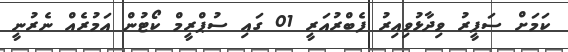
ކަމަށް ސަފީރު ވިދާޅުވިއިރު ފެބްރުއަރީ 01 ގައި ސުޕްރީމް ކޯޓުން އަމުރެއް ނެރުނީ